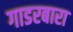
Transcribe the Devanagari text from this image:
गाडरबारा